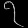
Digit: ၇